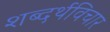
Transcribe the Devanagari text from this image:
शब्दर्थविचार